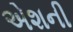
એશની